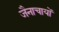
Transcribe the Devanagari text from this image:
जैनाचायों